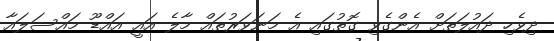
ދިވެހި ދައުލަތަށް އެންގެވި ގޮތުގައި އެ މަނަވަރުތައް މާލެ އައީ އައްޑޫ މައްސަލައާ